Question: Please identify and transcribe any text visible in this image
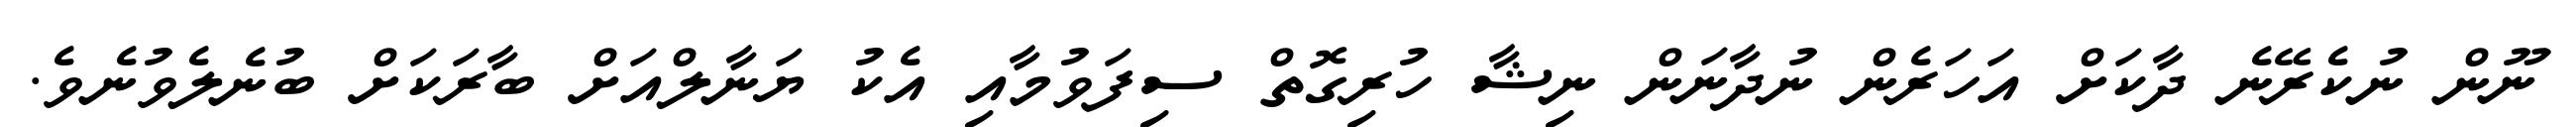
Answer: ނޫން ނުކެރޭނެ ދާކަށް އަހަރެން ނުދާނަން ނިޝާ ހުރިގޮތް ސިފަވުމާއި އެކު ޔަނާލްއަށް ބާރަކަށް ބުނެލެވުނެވެ.